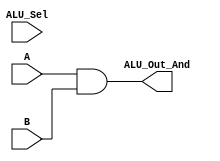
module Log_And(output [3:0] ALU_Out_And,input [3:0] A, input [3:0] B,input [3:0] ALU_Sel);
assign ALU_Out_And = A&B ;
endmodule